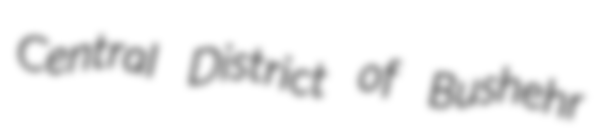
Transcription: Central District of Bushehr